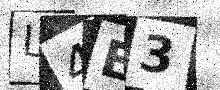
Text: L4E3